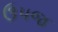
ઉપજ